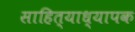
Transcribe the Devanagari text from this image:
साहित्याध्यापक